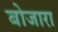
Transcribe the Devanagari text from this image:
बोजारा